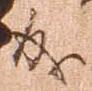
成